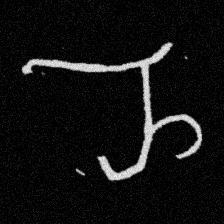
Pyu character \u2014 Myanmar letter: ည (romanized: nya)